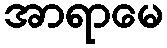
အာရာမေ